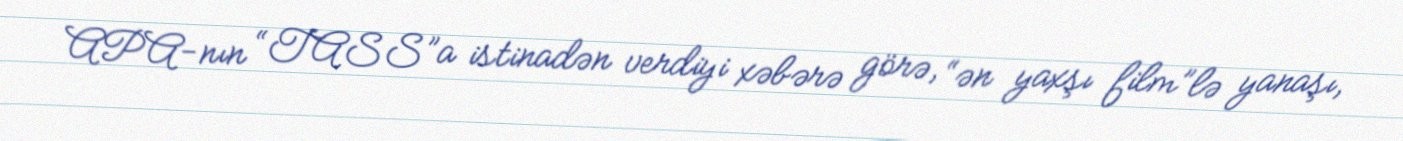
APA-nın “TASS”a istinadən verdiyi xəbərə görə, “ən yaxşı film”lə yanaşı,